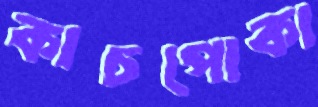
কাচপোকা